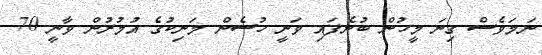
ނަމަވެސް ގިނަ މީހުން ބުނެފައި ވަނީ ހުސެން މަނިކުގެ އުމުރުން ވާނީ 70